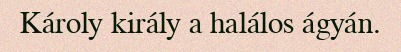
Károly király a halálos ágyán.